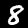
Digit: 8